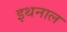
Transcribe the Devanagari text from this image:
इथनाल